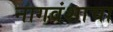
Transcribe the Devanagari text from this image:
नागवंशाचा